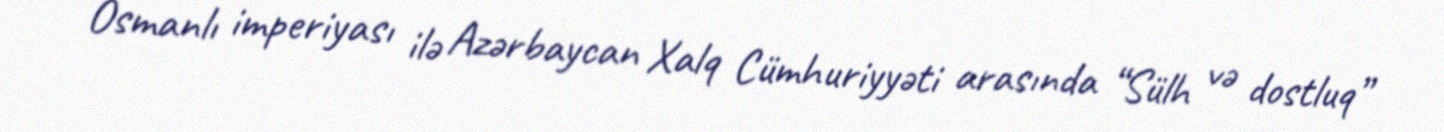
Osmanlı imperiyası ilə Azərbaycan Xalq Cümhuriyyəti arasında “Sülh və dostluq”